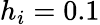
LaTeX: h_{i}=0.1